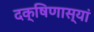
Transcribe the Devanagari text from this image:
दक्षिणास्यां